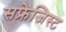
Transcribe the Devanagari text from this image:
सफ्रेजिस्ट